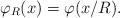
LaTeX: \begin{align*} \varphi_R (x) = \varphi(x/R).\end{align*}